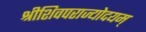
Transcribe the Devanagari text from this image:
श्रीशिवपराज्योदयम्